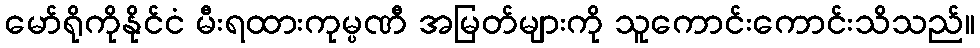
မော်ရိုကိုနိုင်ငံ မီးရထားကုမ္ပဏီ အမြတ်များကို သူကောင်းကောင်းသိသည်။